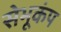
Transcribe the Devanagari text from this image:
सेभूकंप